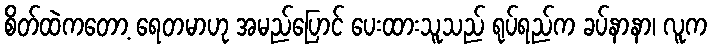
စိတ်ထဲကတော့ ရေတမာဟု အမည်ပြောင် ပေးထားသူသည် ရုပ်ရည်က ခပ်နာနာ၊ လူက